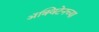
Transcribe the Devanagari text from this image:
ॲक्विटेनच्या